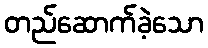
တည်ဆောက်ခဲ့သော